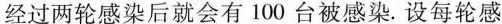
经过两轮感染后就会有100台被感染.设每轮感